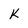
Character: K